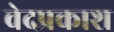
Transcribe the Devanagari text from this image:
वेदप्रकाश